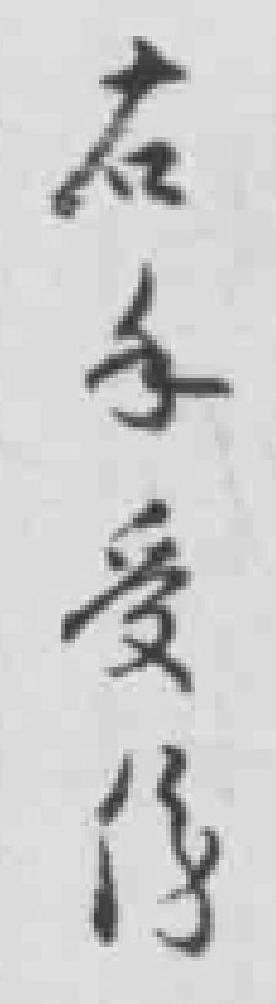
右手受伤